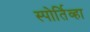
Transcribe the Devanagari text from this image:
स्पोर्तिव्हा